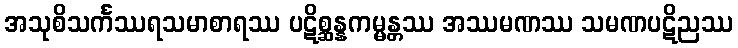
အသုစိသင်္ကဿရသမာစာရဿ ပဋိစ္ဆန္နကမ္မန္တဿ အဿမဏဿ သမဏပဋိညဿ